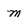
Character: m